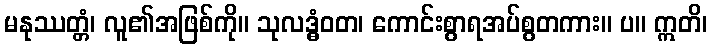
မနုဿတ္တံ၊ လူ၏အဖြစ်ကို။ သုလဒ္ဓံဝတ၊ ကောင်းစွာရအပ်စွတကား။ ပ။ ဣတိ၊